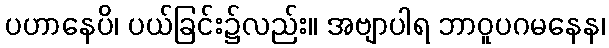
ပဟာနေပိ၊ ပယ်ခြင်း၌လည်း။ အဗျာပါရ ဘာဝူပဂမနေန၊